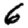
Digit: 6